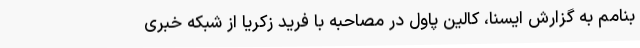
بنامم به گزارش ایسنا، کالین پاول در مصاحبه با فرید زکریا از شبکه خبری